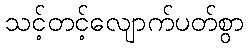
သင့်တင့်လျောက်ပတ်စွာ